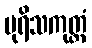
ပုရိသကုတ္တံ